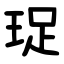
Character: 珿